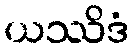
ယဿိဒံ